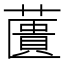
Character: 䕚